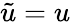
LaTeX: \tilde{u}=u